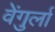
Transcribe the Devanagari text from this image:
वेेंगुर्ला